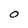
Character: 0